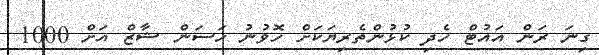
ގިނަ ރަން އައުޓް ހެދި ކުޅުންތެރިޔަކަށް ހޮވުނު ހަސަން ޝާޒް އަށް 1000